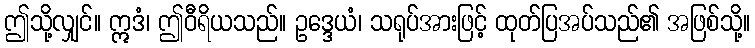
ဤသို့လျှင်။ ဣဒံ၊ ဤဝီရိယသည်။ ဥဒ္ဒေယံ၊ သရုပ်အားဖြင့် ထုတ်ပြအပ်သည်၏ အဖြစ်သို့။